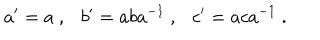
LaTeX: a ^ { \prime } = a ~ , b ^ { \prime } = a b a ^ { - 1 } ~ , c ^ { \prime } = a c a ^ { - 1 } ~ .